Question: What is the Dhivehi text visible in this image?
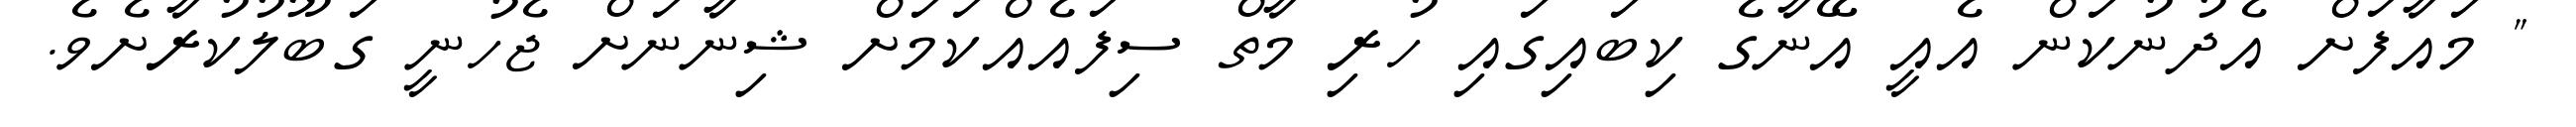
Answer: " މައާފަށް އެދުނުކަން އެއީ އޭނާގެ ކިބައިގައި ހުރި މާތް ސިފައެއްކަމަށް ޝިނާނަށް ޖެހުނީ ގަބޫލުކުރާށެވެ.